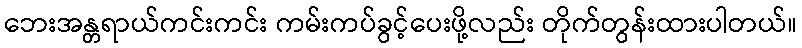
ဘေးအန္တရာယ်ကင်းကင်း ကမ်းကပ်ခွင့်ပေးဖို့လည်း တိုက်တွန်းထားပါတယ်။